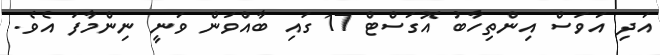
އަދި އަވަސް އިންތިހާބު އޮގަސްޓް 17 ގައި ބާއްވަން ވަނީ ނިންމާފަ އެވެ.